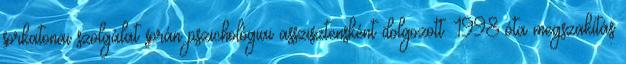
sorkatonai szolgálat során pszichológiai asszisztensként dolgozott. 1998 óta megszakítás